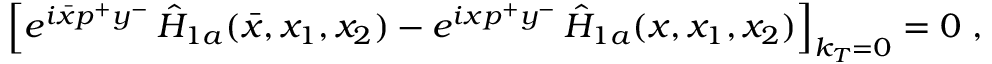
\left[ e ^ { i \bar { x } p ^ { + } y ^ { - } } \, \hat { H } _ { 1 a } ( \bar { x } , x _ { 1 } , x _ { 2 } ) - e ^ { i x p ^ { + } y ^ { - } } \, \hat { H } _ { 1 a } ( x , x _ { 1 } , x _ { 2 } ) \right] _ { k _ { T } = 0 } = 0 \ ,